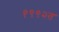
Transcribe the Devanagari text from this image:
१९९२त